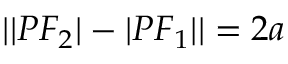
| | P F _ { 2 } | - | P F _ { 1 } | | = 2 a